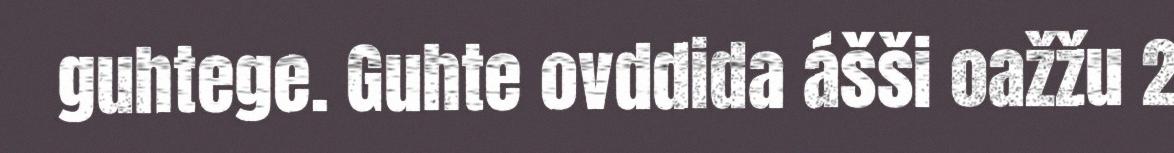
guhtege. Guhte ovddida ášši oažžu 2